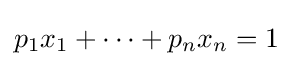
p_{1}x_{1}+\cdots +p_{n}x_{n}=1